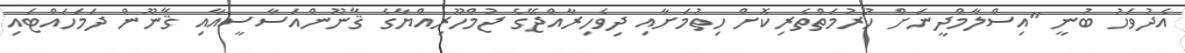
އެދުވަހު ބުނީ "އިސްލާމްދީނަށް ހުރުމަތްތެރިކޮށް ހިތުމަށާއި ދިވެހިރާއްޖޭގެ ޖުމްހޫރިއްޔާގެ ޤާނޫންއަސާސީއާއި ޤާނޫން ދަމަހައްޓައި